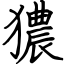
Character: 㺜